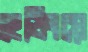
হেডিংয়ে